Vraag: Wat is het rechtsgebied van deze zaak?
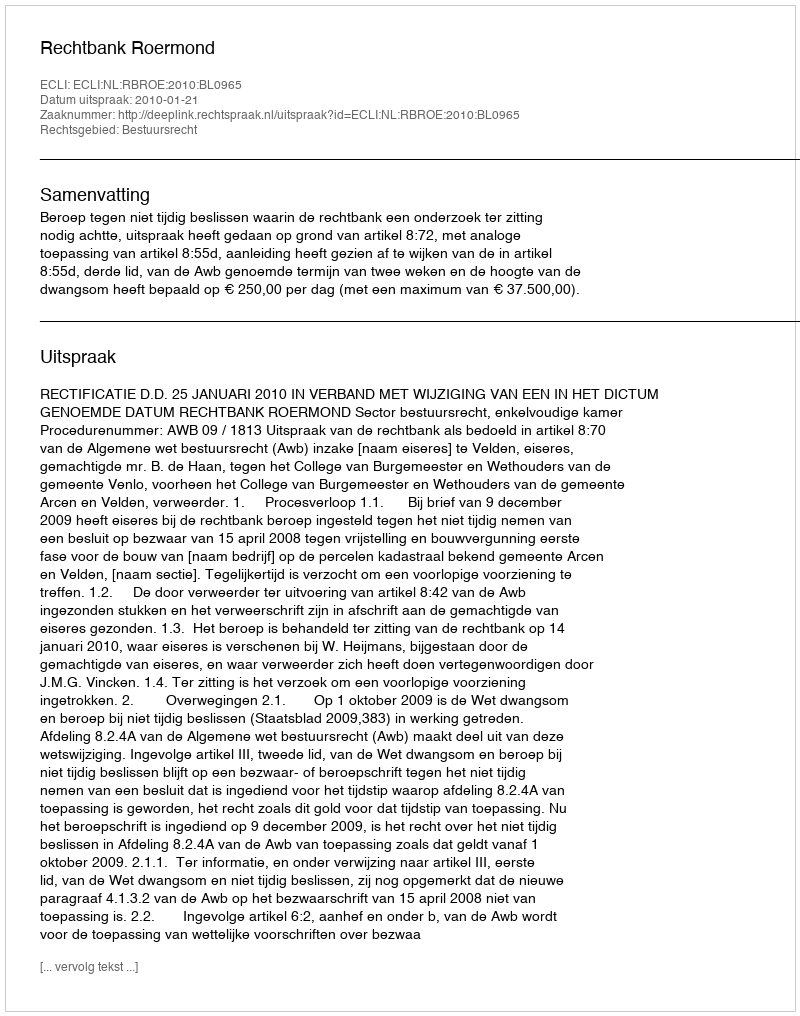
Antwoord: Bestuursrecht